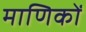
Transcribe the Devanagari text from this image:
माणिकों